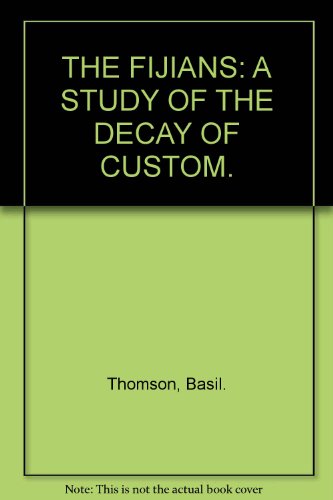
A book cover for The Fijians;: A study of the decay of custom,; Basil Thomson; History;